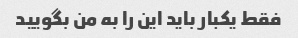
فقط یکبار باید این را به من بگویید